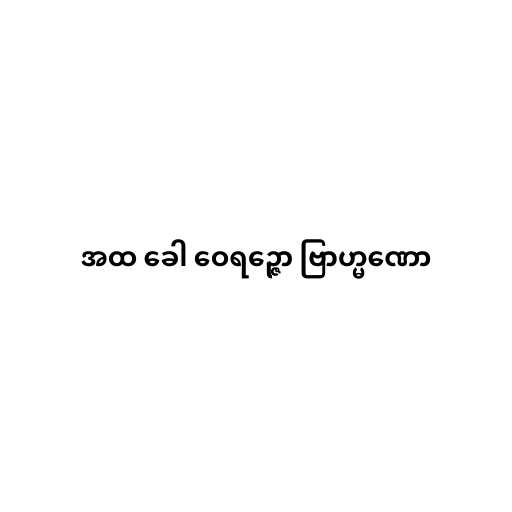
အထ ခေါ ဝေရဉ္ဇော ဗြာဟ္မဏော